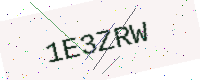
Text: 1E3ZRW